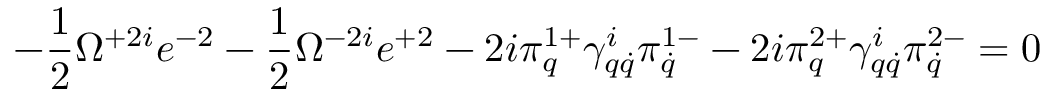
- \frac 1 2 \Omega ^ { + 2 i } e ^ { - 2 } - \frac 1 2 \Omega ^ { - 2 i } e ^ { + 2 } - 2 i \pi _ { q } ^ { 1 + } \gamma _ { q \dot { q } } ^ { i } \pi _ { \dot { q } } ^ { 1 - } - 2 i \pi _ { q } ^ { 2 + } \gamma _ { q \dot { q } } ^ { i } \pi _ { \dot { q } } ^ { 2 - } = 0